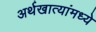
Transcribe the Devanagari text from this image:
अर्थखात्यांमध्ये